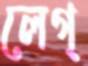
লেগ্